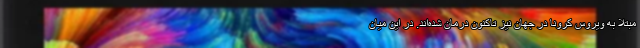
مبتلا به ویروس کرونا در جهان نیز تاکنون درمان شده‌اند. در این میان